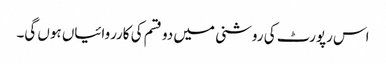
اس رپورٹ کی روشنی میں دو قسم کی کارروائیاں ہوں گی۔